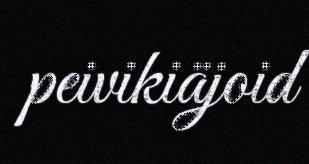
peivikiäjoid